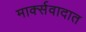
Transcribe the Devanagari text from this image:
मार्क्सवादात